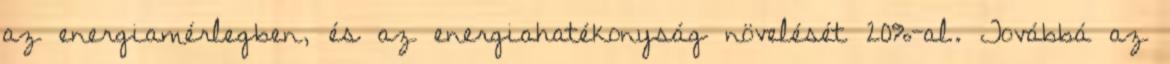
az energiamérlegben, és az energiahatékonyság növelését 20%-al. Továbbá az